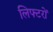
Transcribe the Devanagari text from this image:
लिफ्टरों